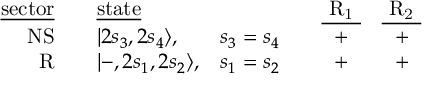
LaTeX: \begin{array} { r c l c c c c } { { \mathrm { \underline { { { s e c t o r } } } } } } & { { { } } } & { { \mathrm { \underline { { { s t a t e } } } } } } & { { { } } } & { { { } } } & { { \mathrm { \underline { { { ~ R _ { 1 } ~ } } } } } } & { { \mathrm { \underline { { { ~ R _ { 2 } ~ } } } } } } \\ { { \mathrm { N S } } } & { { { } } } & { { | 2 s _ { 3 } , 2 s _ { 4 } \rangle , } } & { { s _ { 3 } = s _ { 4 } } } & { { { } } } & { { + } } & { { + } } \\ { { \mathrm { R } } } & { { { } } } & { { | - , 2 s _ { 1 } , 2 s _ { 2 } \rangle , } } & { { s _ { 1 } = s _ { 2 } } } & { { { } } } & { { + } } & { { + } } \end{array}